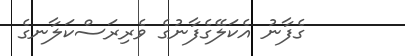
ގެފާނު އެކަލޭގެފާނުގެ ވެރިރަސްކަލާނގެ